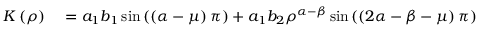
\begin{array} { r l } { K \left( \rho \right) } & { { } = a _ { 1 } b _ { 1 } \sin \left( \left( \alpha - \mu \right) \pi \right) + a _ { 1 } b _ { 2 } \rho ^ { \alpha - \beta } \sin \left( \left( 2 \alpha - \beta - \mu \right) \pi \right) } \end{array}